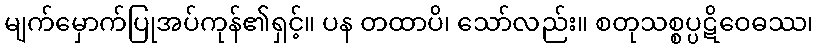
မျက်မှောက်ပြုအပ်ကုန်၏ရှင့်။ ပန တထာပိ၊ သော်လည်း။ စတုသစ္စပ္ပဋိဝေဓဿ၊